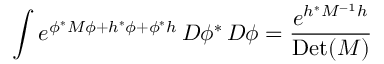
\int e ^ { \phi ^ { * } M \phi + h ^ { * } \phi + \phi ^ { * } h } \, D \phi ^ { * } \, D \phi = { \frac { e ^ { h ^ { * } M ^ { - 1 } h } } { \mathrm { D e t } ( M ) } }